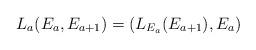
LaTeX: \begin{align*}L_{a}(E_a,E_{a+1}) = (L_{E_{a}}(E_{a+1}),E_a)\end{align*}